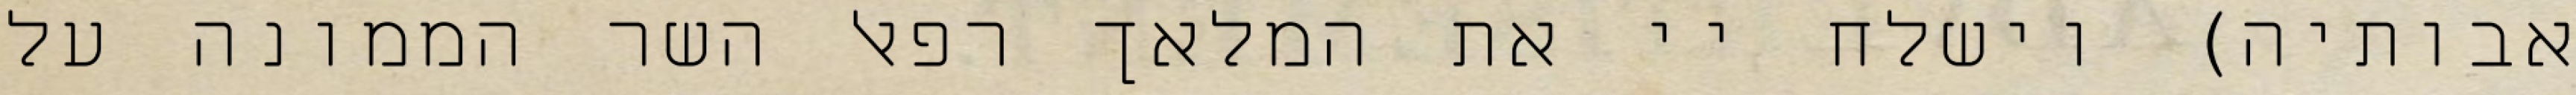
אבותיה) וישלח יי את המלאך רפאל השר הממונה על